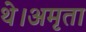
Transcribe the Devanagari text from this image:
थे।अमृता